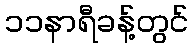
၁၁နာရီခန့်တွင်